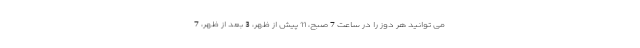
می توانید هر دوز را در ساعت 7 صبح، 11 پیش از ظهر، 3 بعد از ظهر، 7